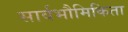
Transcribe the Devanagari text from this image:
सार्वभौमिकिता